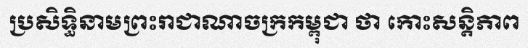
ប្រសិទ្ធិនាមព្រះរាជាណាចក្រកម្ពុជា ថា កោះសន្តិភាព